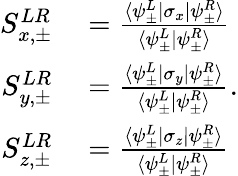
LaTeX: \begin{array}{rl}{S_{x,\pm}^{LR}}&{{}=\frac{\langle\psi_{\pm}^{L}|\sigma_{x}|\psi_{\pm}^{R}\rangle}{\langle\psi_{\pm}^{L}|\psi_{\pm}^{R}\rangle}}\\ {S_{y,\pm}^{LR}}&{{}=\frac{\langle\psi_{\pm}^{L}|\sigma_{y}|\psi_{\pm}^{R}\rangle}{\langle\psi_{\pm}^{L}|\psi_{\pm}^{R}\rangle}}\\ {S_{z,\pm}^{LR}}&{{}=\frac{\langle\psi_{\pm}^{L}|\sigma_{z}|\psi_{\pm}^{R}\rangle}{\langle\psi_{\pm}^{L}|\psi_{\pm}^{R}\rangle}}\end{array}.